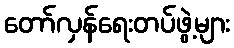
တော်လှန်ရေးတပ်ဖွဲ့များ